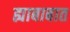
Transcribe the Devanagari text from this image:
ह्याबाबात